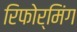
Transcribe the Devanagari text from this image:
रिफोर्मिंग